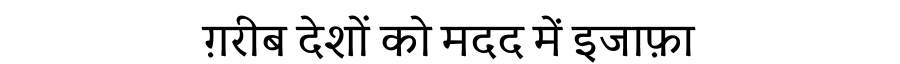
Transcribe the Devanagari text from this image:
ग़रीब देशों को मदद में इजाफ़ा